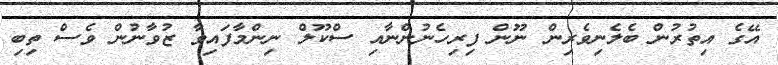
އޭގެ އިތުރުން ބެލެނިވެރިން ނޫން ފިރިހެނުންނާއި ސްކޫލް ނިންމާފައިވާ ޒުވާނުން ވެސް ތިބި